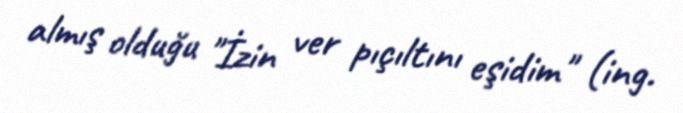
almış olduğu "İzin ver pıçıltını eşidim" (ing.